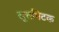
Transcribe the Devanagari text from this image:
सूत्तपिटक